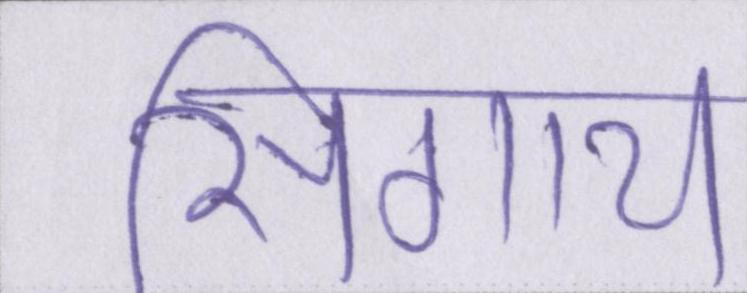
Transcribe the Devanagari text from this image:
सिगाय